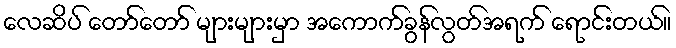
လေဆိပ် တော်တော် များများမှာ အကောက်ခွန်လွတ်အရက် ရောင်းတယ်။